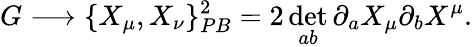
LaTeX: G\longrightarrow\{ X_{\mu},X_{\nu}\} _{PB}^{2}=2\operatorname*{det}_{ab}\partial_{a}X_{\mu}\partial_{b}X^{\mu}.